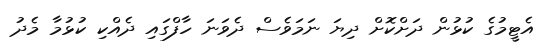
އެޓީމުގެ ކުޅުން ދަށްކޮށް ދިޔަ ނަމަވެސް ދެވަނަ ހާފްގައި ދެއްކި ކުޅުމާ މެދު